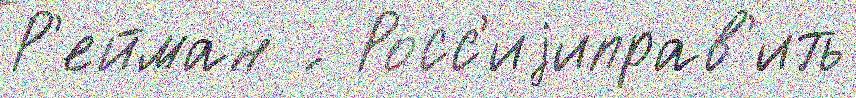
Р'ейман ́  Росс'иjиправ'ить